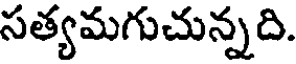
సత్యమగుచున్నది.